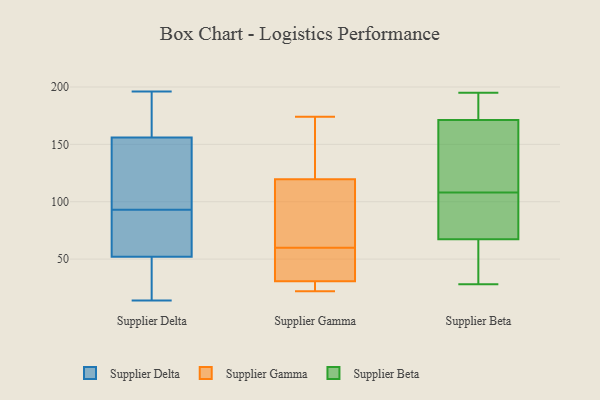
{"axis": {"x": "Churn Rate (%)", "y": "Value"}, "legend": ["Supplier Beta", "Supplier Delta", "Supplier Gamma"], "data": [{"x": "", "y": 21, "type": "Supplier Delta"}, {"x": "", "y": 111, "type": "Supplier Delta"}, {"x": "", "y": 173, "type": "Supplier Delta"}, {"x": "", "y": 196, "type": "Supplier Delta"}, {"x": "", "y": 52, "type": "Supplier Delta"}, {"x": "", "y": 47, "type": "Supplier Delta"}, {"x": "", "y": 156, "type": "Supplier Delta"}, {"x": "", "y": 157, "type": "Supplier Delta"}, {"x": "", "y": 100, "type": "Supplier Delta"}, {"x": "", "y": 71, "type": "Supplier Delta"}, {"x": "", "y": 142, "type": "Supplier Delta"}, {"x": "", "y": 34, "type": "Supplier Delta"}, {"x": "", "y": 75, "type": "Supplier Delta"}, {"x": "", "y": 82, "type": "Supplier Delta"}, {"x": "", "y": 166, "type": "Supplier Delta"}, {"x": "", "y": 86, "type": "Supplier Delta"}, {"x": "", "y": 14, "type": "Supplier Delta"}, {"x": "", "y": 122, "type": "Supplier Delta"}, {"x": "", "y": 78, "type": "Supplier Gamma"}, {"x": "", "y": 84, "type": "Supplier Gamma"}, {"x": "", "y": 46, "type": "Supplier Gamma"}, {"x": "", "y": 89, "type": "Supplier Gamma"}, {"x": "", "y": 23, "type": "Supplier Gamma"}, {"x": "", "y": 118, "type": "Supplier Gamma"}, {"x": "", "y": 22, "type": "Supplier Gamma"}, {"x": "", "y": 55, "type": "Supplier Gamma"}, {"x": "", "y": 171, "type": "Supplier Gamma"}, {"x": "", "y": 60, "type": "Supplier Gamma"}, {"x": "", "y": 28, "type": "Supplier Gamma"}, {"x": "", "y": 39, "type": "Supplier Gamma"}, {"x": "", "y": 120, "type": "Supplier Gamma"}, {"x": "", "y": 50, "type": "Supplier Gamma"}, {"x": "", "y": 24, "type": "Supplier Gamma"}, {"x": "", "y": 164, "type": "Supplier Gamma"}, {"x": "", "y": 174, "type": "Supplier Gamma"}, {"x": "", "y": 23, "type": "Supplier Gamma"}, {"x": "", "y": 124, "type": "Supplier Gamma"}, {"x": "", "y": 28, "type": "Supplier Beta"}, {"x": "", "y": 73, "type": "Supplier Beta"}, {"x": "", "y": 143, "type": "Supplier Beta"}, {"x": "", "y": 193, "type": "Supplier Beta"}, {"x": "", "y": 169, "type": "Supplier Beta"}, {"x": "", "y": 108, "type": "Supplier Beta"}, {"x": "", "y": 195, "type": "Supplier Beta"}, {"x": "", "y": 47, "type": "Supplier Beta"}, {"x": "", "y": 142, "type": "Supplier Beta"}, {"x": "", "y": 50, "type": "Supplier Beta"}, {"x": "", "y": 86, "type": "Supplier Beta"}, {"x": "", "y": 178, "type": "Supplier Beta"}, {"x": "", "y": 89, "type": "Supplier Beta"}]}